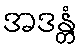
အဒန္တံ